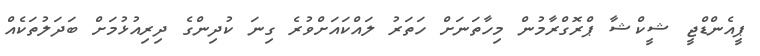
ޕީއެންޑްޖީ ޝީކްޝާ ޕްރޮގްރާމުން މިހާތަނަށް ހަތަރު ލައްކައަށްވުރެ ގިނަ ކުދިންގެ ދިރިއުޅުމަށް ބަދަލުތަކެއް